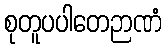
စုတူပပါတေဉာဏံ